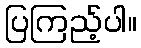
ပြကြည့်ပါ။